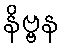
နိဗ္ဗန